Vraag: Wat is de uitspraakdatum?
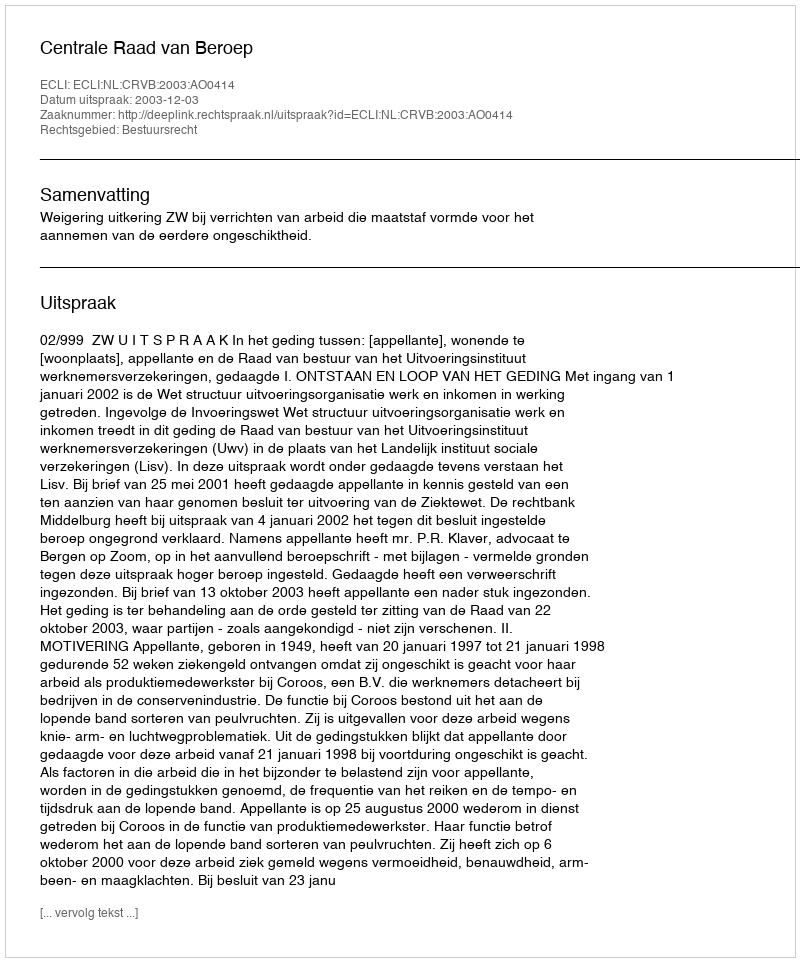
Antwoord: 2003-12-03